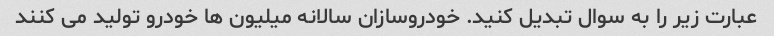
عبارت زیر را به سوال تبدیل کنید. خودروسازان سالانه میلیون ها خودرو تولید می کنند